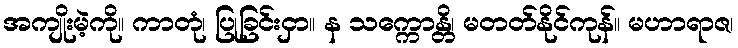
အကျိုးမဲ့ကို။ ကာတုံ၊ ပြုခြင်းငှာ။ န သက္ကောန္တိ၊ မတတ်နိုင်ကုန်။ မဟာရာဇ၊